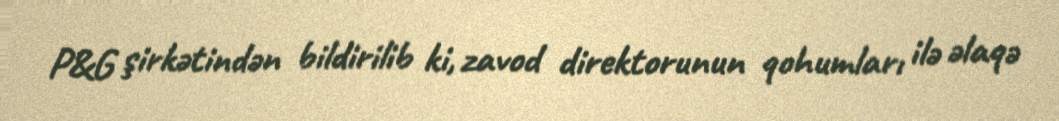
P&G şirkətindən bildirilib ki, zavod direktorunun qohumları ilə əlaqə